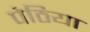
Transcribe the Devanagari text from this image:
पेठिया